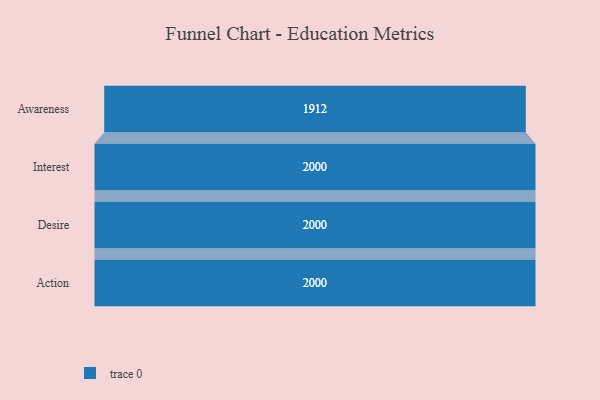
{"axis": {"x": "Stage", "y": "Value"}, "legend": [""], "data": [{"x": "Awareness", "y": 1912.0, "type": ""}, {"x": "Interest", "y": 2000, "type": ""}, {"x": "Desire", "y": 2000, "type": ""}, {"x": "Action", "y": 2000, "type": ""}]}